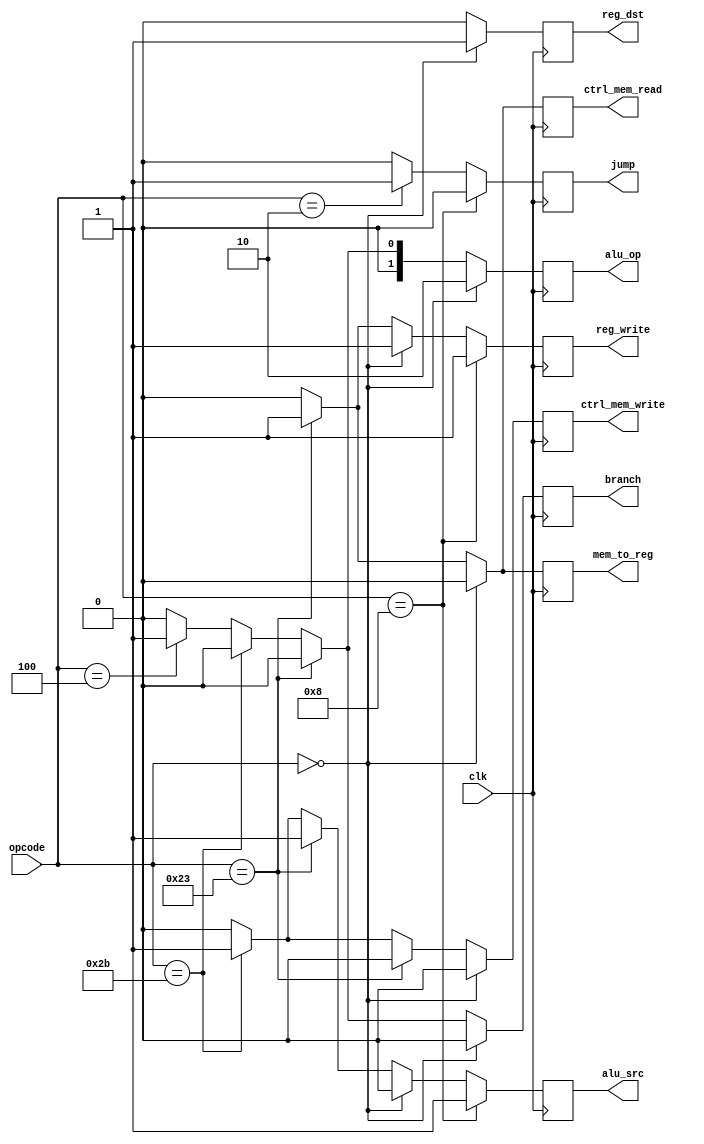
module Control_4(
    input [5:0] opcode,
    input clk,
    output reg reg_dst,
    output reg jump,
    output reg branch,
    output reg ctrl_mem_read,
    output reg mem_to_reg,
    output reg ctrl_mem_write,
    output reg alu_src,
    output reg reg_write,
    output reg [1:0] alu_op
    );
always@(posedge clk)
begin
{reg_dst, alu_src, mem_to_reg, reg_write, ctrl_mem_read, ctrl_mem_write, branch, jump, alu_op} = 10'b0000000000;
if (opcode == 6'b000000) begin
    reg_dst <= 1;
    reg_write <= 1;
    alu_op <= 2'b10;
end
else if (opcode == 6'b100011) begin
    alu_src <= 1;
    mem_to_reg <= 1;
    reg_write <= 1;
    ctrl_mem_read <= 1;
end
else if (opcode == 6'b101011) begin
    alu_src <= 1;
    ctrl_mem_write <= 1;
end
else if (opcode == 6'b000100) begin
    branch <= 1;
    alu_op <= 2'b01;
end
if (opcode == 6'b001000) begin
    alu_src <= 1;
    reg_write <= 1;
end
else if (opcode == 6'b000010) begin
    jump <= 1;
end
end
endmodule